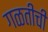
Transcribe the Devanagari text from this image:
गळतीची